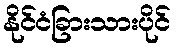
နိုင်ငံခြားသားပိုင်